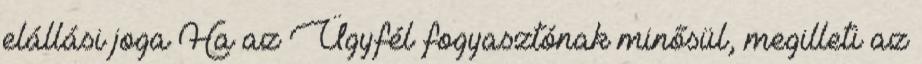
elállási joga Ha az Ügyfél fogyasztónak minősül, megilleti az